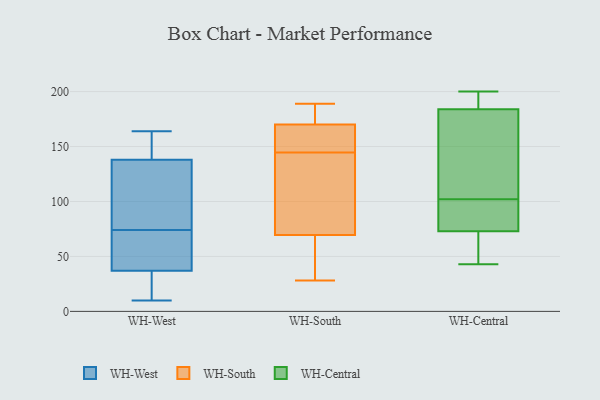
{"axis": {"x": "Net Income (USD K)", "y": "Value"}, "legend": ["WH-Central", "WH-South", "WH-West"], "data": [{"x": "", "y": 144, "type": "WH-West"}, {"x": "", "y": 164, "type": "WH-West"}, {"x": "", "y": 74, "type": "WH-West"}, {"x": "", "y": 161, "type": "WH-West"}, {"x": "", "y": 24, "type": "WH-West"}, {"x": "", "y": 53, "type": "WH-West"}, {"x": "", "y": 132, "type": "WH-West"}, {"x": "", "y": 74, "type": "WH-West"}, {"x": "", "y": 10, "type": "WH-West"}, {"x": "", "y": 50, "type": "WH-West"}, {"x": "", "y": 21, "type": "WH-West"}, {"x": "", "y": 103, "type": "WH-West"}, {"x": "", "y": 36, "type": "WH-South"}, {"x": "", "y": 134, "type": "WH-South"}, {"x": "", "y": 173, "type": "WH-South"}, {"x": "", "y": 174, "type": "WH-South"}, {"x": "", "y": 117, "type": "WH-South"}, {"x": "", "y": 178, "type": "WH-South"}, {"x": "", "y": 162, "type": "WH-South"}, {"x": "", "y": 155, "type": "WH-South"}, {"x": "", "y": 177, "type": "WH-South"}, {"x": "", "y": 167, "type": "WH-South"}, {"x": "", "y": 189, "type": "WH-South"}, {"x": "", "y": 29, "type": "WH-South"}, {"x": "", "y": 35, "type": "WH-South"}, {"x": "", "y": 77, "type": "WH-South"}, {"x": "", "y": 114, "type": "WH-South"}, {"x": "", "y": 164, "type": "WH-South"}, {"x": "", "y": 62, "type": "WH-South"}, {"x": "", "y": 164, "type": "WH-South"}, {"x": "", "y": 28, "type": "WH-South"}, {"x": "", "y": 102, "type": "WH-South"}, {"x": "", "y": 43, "type": "WH-Central"}, {"x": "", "y": 200, "type": "WH-Central"}, {"x": "", "y": 193, "type": "WH-Central"}, {"x": "", "y": 73, "type": "WH-Central"}, {"x": "", "y": 95, "type": "WH-Central"}, {"x": "", "y": 73, "type": "WH-Central"}, {"x": "", "y": 152, "type": "WH-Central"}, {"x": "", "y": 109, "type": "WH-Central"}, {"x": "", "y": 184, "type": "WH-Central"}, {"x": "", "y": 89, "type": "WH-Central"}]}